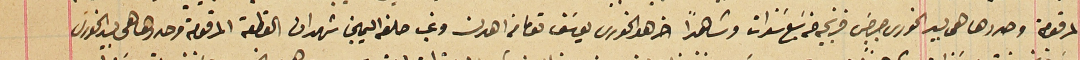
المرقومة وحددها هى بيد الخورى جرجسَ فرنجيه من سَبع سنوات وشاهداً اخر هو الخورى يوسَف توما من اهدن وغب حلفه اليمين شهد ان القطعة المرقومة وحددها هى بيد الخورى